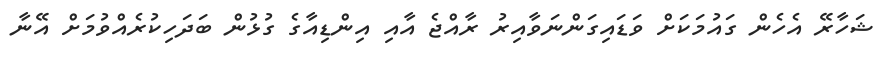
ޝަހާރޭ އެހެން ގައުމަކަށް ވަޑައިގަންނަވާއިރު ރާއްޖެ އާއި އިންޑިއާގެ ގުޅުން ބަދަހިކުރެއްވުމަށް އޭނާ